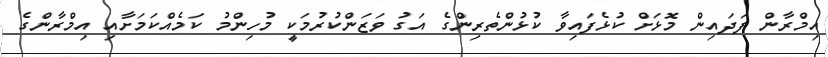
އިމްރާން ފަދައިން މޮޅަށް ކުޅެފައިވާ ކުޅުންތެރިންގެ އަގު ވަޒަންކުރުމަކީ މުހިންމު ކަމެއްކަމަށާއި އިމްރާންގެ